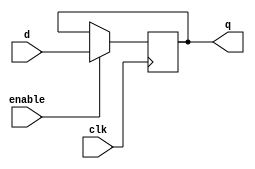
//-----------------------------------------------------------------------------
// D Flip-Flops
//-----------------------------------------------------------------------------

// D flip-flop with parameterized bit width (default: 1-bit)
// Parameters in Verilog: http://www.asic-world.com/verilog/para_modules1.html
module dff #( parameter W = 32 )
(
    input clk,
    input enable,
    input   [W-1:0] d,
    output  [W-1:0] q
);

    reg [W-1:0] mem;

    initial begin
        mem <= {W{1'b0}};
    end

    always @(posedge clk) begin
        if(enable) begin
            mem <= d;
        end
    end

    assign q = mem;
endmodule

// IF/ID Register
module ifid
(
    input clk,
    input enable,
    input [31:0] dR0, dR1,
    output [31:0] qR0, qR1
);

    dff #(32) dffR0(.clk(clk),
                    .enable(enable),
                    .d(dR0),
                    .q(qR0));

    dff #(32) dffR1(.clk(clk),
                    .enable(enable),
                    .d(dR1),
                    .q(qR1));

endmodule

// ID/EX Register
module idex
(
    input clk,
    input enable,
    input [31:0] dR0, dR1, dR2, dR3,
    input [4:0] dR4, dR5, dR6,
    input [25:0] dR7,
    input [15:0] dR8,
    input dC0, dC1, dC2, dC3, dC4, dC5, dC6,
    input [2:0] dC10,
    output [31:0] qR0, qR1, qR2, qR3,
    output [4:0] qR4, qR5, qR6,
    output [25:0] qR7,
    output [15:0] qR8,
    output qC0, qC1, qC2, qC3, qC4, qC5, qC6,
    output [2:0] qC10
);

    dff #(32) dffR0(.clk(clk),
                    .enable(enable),
                    .d(dR0),
                    .q(qR0));

    dff #(32) dffR1(.clk(clk),
                    .enable(enable),
                    .d(dR1),
                    .q(qR1));

    dff #(32) dffR2(.clk(clk),
                    .enable(enable),
                    .d(dR2),
                    .q(qR2));

    dff #(32) dffR3(.clk(clk),
                    .enable(enable),
                    .d(dR3),
                    .q(qR3));

    dff #(5) dffR4(.clk(clk),
                    .enable(enable),
                    .d(dR4),
                    .q(qR4));

    dff #(5) dffR5(.clk(clk),
                    .enable(enable),
                    .d(dR5),
                    .q(qR5));

    dff #(5) dffR6(.clk(clk),
                    .enable(enable),
                    .d(dR6),
                    .q(qR6));

    dff #(26) dffR7(.clk(clk),
                    .enable(enable),
                    .d(dR7),
                    .q(qR7));

    dff #(16) dffR8(.clk(clk),
                    .enable(enable),
                    .d(dR8),
                    .q(qR8));

    dff #(1) dffC0(.clk(clk),
                    .enable(enable),
                    .d(dC0),
                    .q(qC0));

    dff #(1) dffC1(.clk(clk),
                    .enable(enable),
                    .d(dC1),
                    .q(qC1));

    dff #(1) dffC2(.clk(clk),
                    .enable(enable),
                    .d(dC2),
                    .q(qC2));

    dff #(1) dffC3(.clk(clk),
                    .enable(enable),
                    .d(dC3),
                    .q(qC3));

    dff #(1) dffC4(.clk(clk),
                    .enable(enable),
                    .d(dC4),
                    .q(qC4));

    dff #(1) dffC5(.clk(clk),
                    .enable(enable),
                    .d(dC5),
                    .q(qC5));

    dff #(1) dffC6(.clk(clk),
                    .enable(enable),
                    .d(dC6),
                    .q(qC6));

    dff #(3) dffC10(.clk(clk),
                    .enable(enable),
                    .d(dC10),
                    .q(qC10));

endmodule

// EX/MEM Register
module exmem
(
    input clk,
    input enable,
    input [31:0] dR0, dR1, dR2, dR3,    // registers
    input [4:0] dR4,
    input [4:0] dA0,                    // addresses
    input dC0, dC1, dC2, dC3, dC4,      // controls
    input dF0, dF1,                     // flags
    output [31:0] qR0, qR1, qR2, qR3,   // registers
    output [4:0] qR4,
    output [4:0] qA0,                   // addresses
    output qC0, qC1, qC2, qC3, qC4,     // controls
    output qF0, qF1                     // flags
);

    dff #(32) dffR0(.clk(clk),
                    .enable(enable),
                    .d(dR0),
                    .q(qR0));

    dff #(32) dffR1(.clk(clk),
                    .enable(enable),
                    .d(dR1),
                    .q(qR1));

    dff #(32) dffR2(.clk(clk),
                    .enable(enable),
                    .d(dR2),
                    .q(qR2));

    dff #(32) dffR3(.clk(clk),
                    .enable(enable),
                    .d(dR3),
                    .q(qR3));

    dff #(5) dffR4(.clk(clk),
                    .enable(enable),
                    .d(dR4),
                    .q(qR4));

    dff #(5) dffA0(.clk(clk),
                    .enable(enable),
                    .d(dA0),
                    .q(qA0));

    dff #(1) dffC0(.clk(clk),
                    .enable(enable),
                    .d(dC0),
                    .q(qC0));

    dff #(1) dffC1(.clk(clk),
                    .enable(enable),
                    .d(dC1),
                    .q(qC1));

    dff #(1) dffC2(.clk(clk),
                    .enable(enable),
                    .d(dC2),
                    .q(qC2));

    dff #(1) dffC3(.clk(clk),
                    .enable(enable),
                    .d(dC3),
                    .q(qC3));

    dff #(1) dffC4(.clk(clk),
                    .enable(enable),
                    .d(dC4),
                    .q(qC4));

    dff #(1) dffF0(.clk(clk),
                    .enable(enable),
                    .d(dF0),
                    .q(qF0));

    dff #(1) dffF1(.clk(clk),
                    .enable(enable),
                    .d(dF1),
                    .q(qF1));

endmodule

// MEM/WB Register
module memwb
(
    input clk,
    input enable,
    input [31:0] dR0, dR1,
    input [4:0] dR2,
    input [4:0] dA0,                    // addresses
    input dC0, dC1,
    output [31:0] qR0, qR1,
    output [4:0] qR2,
    output [4:0] qA0,                   // addresses
    output qC0, qC1
);

    dff #(32) dffR0(.clk(clk),
                    .enable(enable),
                    .d(dR0),
                    .q(qR0));

    dff #(32) dffR1(.clk(clk),
                    .enable(enable),
                    .d(dR1),
                    .q(qR1));

    dff #(5) dffR2(.clk(clk),
                    .enable(enable),
                    .d(dR2),
                    .q(qR2));

    dff #(5) dffA0(.clk(clk),
                    .enable(enable),
                    .d(dA0),
                    .q(qA0));

    dff #(1) dffC0(.clk(clk),
                    .enable(enable),
                    .d(dC0),
                    .q(qC0));

    dff #(1) dffC1(.clk(clk),
                    .enable(enable),
                    .d(dC1),
                    .q(qC1));

endmodule